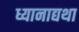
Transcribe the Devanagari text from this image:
ध्यानाद्यथा